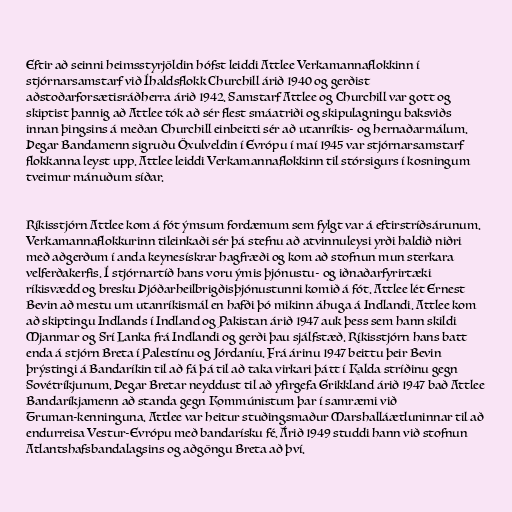
Eftir að seinni heimsstyrjöldin hófst leiddi Attlee Verkamannaflokkinn í
stjórnarsamstarf við Íhaldsflokk Churchill árið 1940 og gerðist
aðstoðarforsætisráðherra árið 1942. Samstarf Attlee og Churchill var gott og
skiptist þannig að Attlee tók að sér flest smáatriði og skipulagningu baksviðs
innan þingsins á meðan Churchill einbeitti sér að utanríkis- og hernaðarmálum.
Þegar Bandamenn sigruðu Öxulveldin í Evrópu í maí 1945 var stjórnarsamstarf
flokkanna leyst upp. Attlee leiddi Verkamannaflokkinn til stórsigurs í kosningum
tveimur mánuðum síðar.

Ríkisstjórn Attlee kom á fót ýmsum fordæmum sem fylgt var á eftirstríðsárunum.
Verkamannaflokkurinn tileinkaði sér þá stefnu að atvinnuleysi yrði haldið niðri
með aðgerðum í anda keynesískrar hagfræði og kom að stofnun mun sterkara
velferðakerfis. Í stjórnartíð hans voru ýmis þjónustu- og iðnaðarfyrirtæki
ríkisvædd og bresku Þjóðarheilbrigðisþjónustunni komið á fót. Attlee lét Ernest
Bevin að mestu um utanríkismál en hafði þó mikinn áhuga á Indlandi. Attlee kom
að skiptingu Indlands í Indland og Pakistan árið 1947 auk þess sem hann skildi
Mjanmar og Srí Lanka frá Indlandi og gerði þau sjálfstæð. Ríkisstjórn hans batt
enda á stjórn Breta í Palestínu og Jórdaníu. Frá árinu 1947 beittu þeir Bevin
þrýstingi á Bandaríkin til að fá þá til að taka virkari þátt í Kalda stríðinu gegn
Sovétríkjunum. Þegar Bretar neyddust til að yfirgefa Grikkland árið 1947 bað Attlee
Bandaríkjamenn að standa gegn Kommúnistum þar í samræmi við
Truman-kenninguna. Attlee var heitur stuðingsmaður Marshalláætluninnar til að
endurreisa Vestur-Evrópu með bandarísku fé. Árið 1949 studdi hann við stofnun
Atlantshafsbandalagsins og aðgöngu Breta að því.